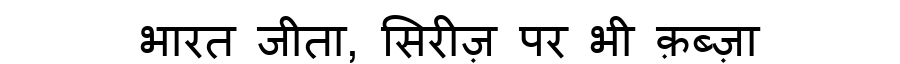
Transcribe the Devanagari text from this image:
भारत जीता, सिरीज़ पर भी क़ब्ज़ा